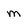
Character: m